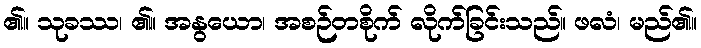
၏။ သုခဿ၊ ၏။ အနွယော၊ အစဉ်တစိုက် လိုက်ခြင်းသည်။ ဖလံ၊ မည်၏။